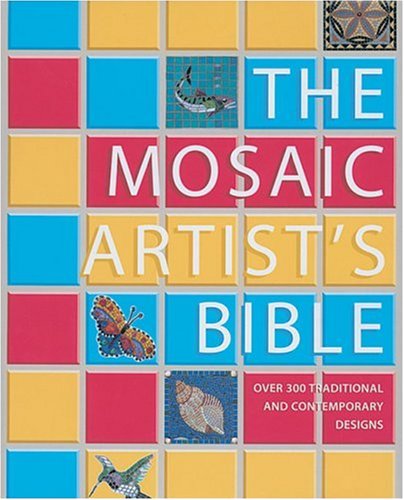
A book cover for The Mosaic Artist's Bible: 300 Traditional & Contemporary Designs; Theresa Mills; Crafts, Hobbies & Home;